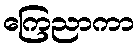
ကြေညာကာ